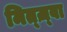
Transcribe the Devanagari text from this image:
मित्ज़्वा